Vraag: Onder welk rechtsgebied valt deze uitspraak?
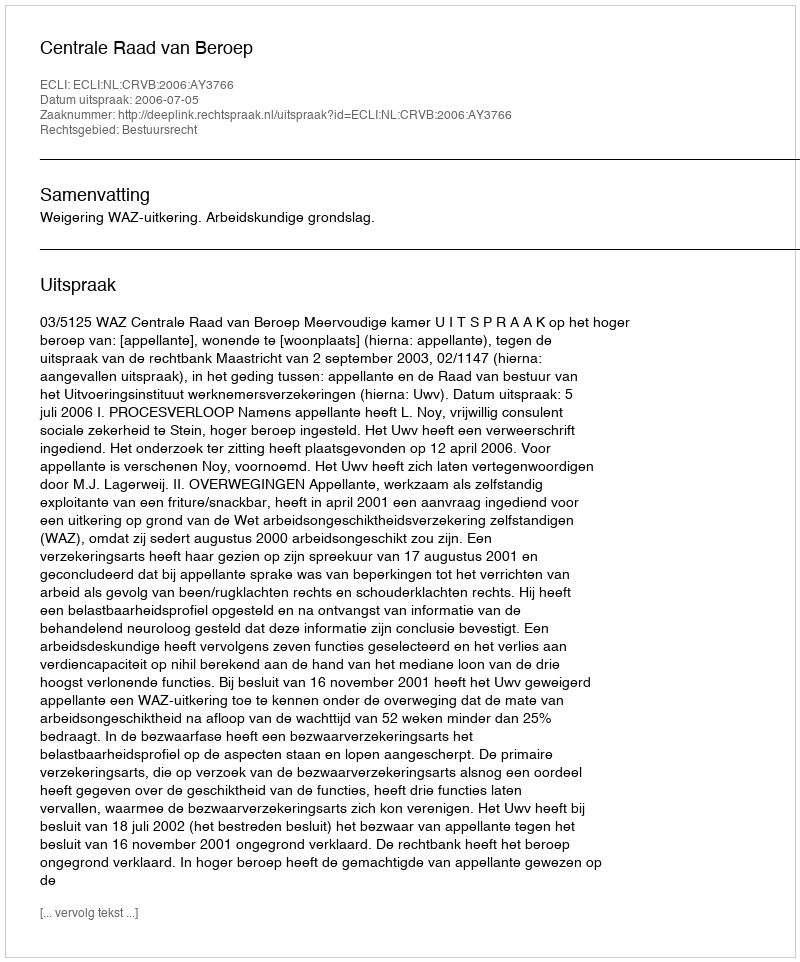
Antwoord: Bestuursrecht